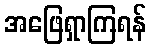
အဖြေရှာကြရန်